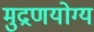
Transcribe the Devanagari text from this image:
मुद्रणयोग्य